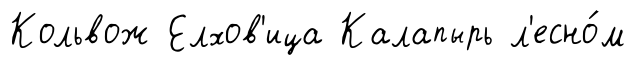
Кольвож Елхов'ица Калапырь л'есно́м